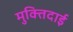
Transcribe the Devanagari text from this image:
मुक्तिदाई